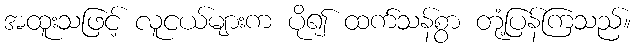
အထူးသဖြင့် လူငယ်များက ပို၍ ထက်သန်စွာ တုံ့ပြန်ကြသည်။